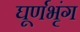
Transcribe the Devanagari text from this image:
घूर्णभृंग